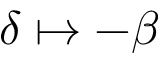
\delta \mapsto - \beta